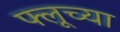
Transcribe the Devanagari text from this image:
फ्लूच्या